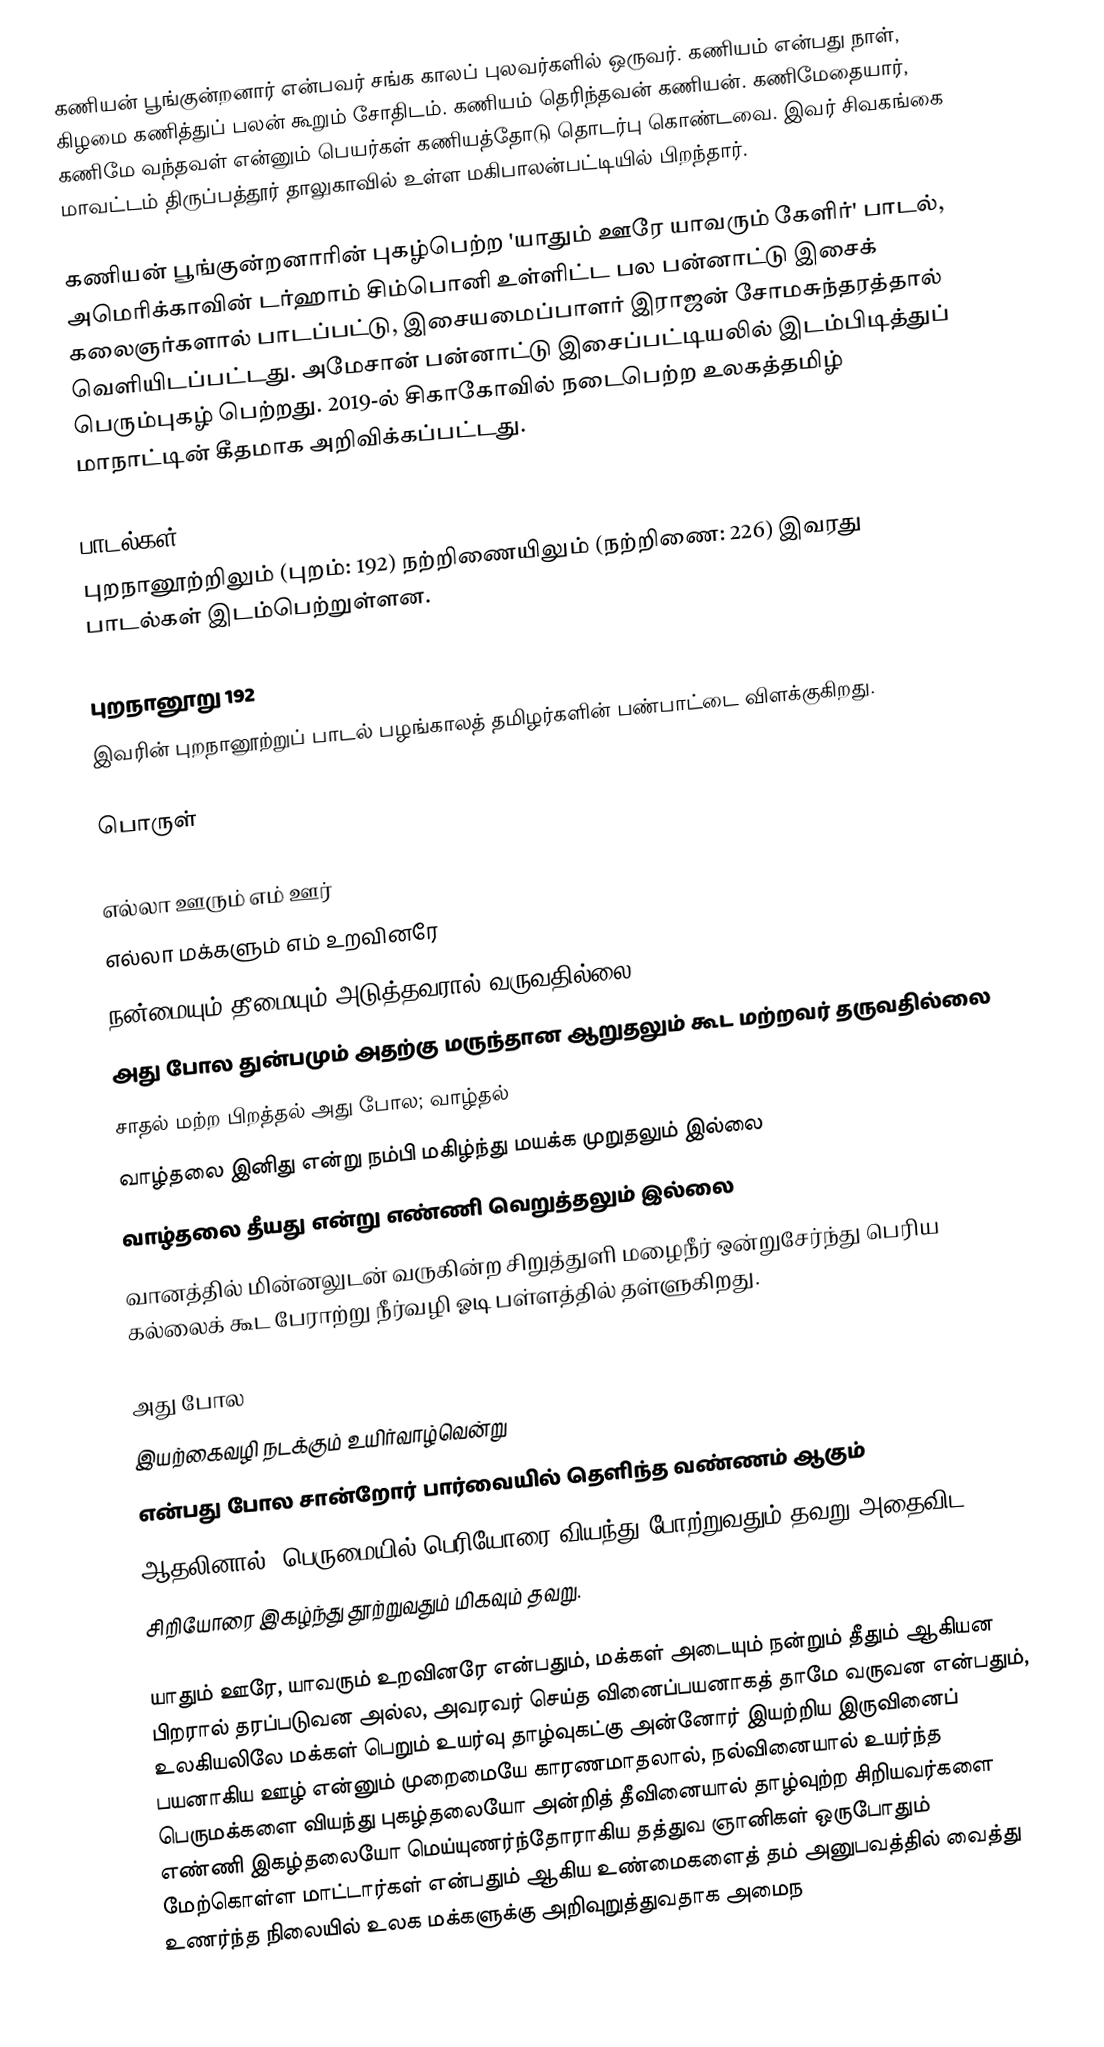
கணியன் பூங்குன்றனார் என்பவர் சங்க காலப் புலவர்களில் ஒருவர். கணியம் என்பது நாள், கிழமை கணித்துப் பலன் கூறும் சோதிடம். கணியம் தெரிந்தவன் கணியன். கணிமேதையார், கணிமே வந்தவள் என்னும் பெயர்கள் கணியத்தோடு தொடர்பு கொண்டவை. இவர் சிவகங்கை மாவட்டம் திருப்பத்தூர் தாலுகாவில் உள்ள மகிபாலன்பட்டியில் பிறந்தார்.

கணியன் பூங்குன்றனாரின்  புகழ்பெற்ற 'யாதும் ஊரே யாவரும் கேளிர்' பாடல், அமெரிக்காவின் டர்ஹாம் சிம்பொனி உள்ளிட்ட பல பன்னாட்டு இசைக் கலைஞர்களால் பாடப்பட்டு, இசையமைப்பாளர் இராஜன் சோமசுந்தரத்தால் வெளியிடப்பட்டது. அமேசான் பன்னாட்டு இசைப்பட்டியலில் இடம்பிடித்துப் பெரும்புகழ் பெற்றது. 2019-ல் சிகாகோவில் நடைபெற்ற உலகத்தமிழ் மாநாட்டின் கீதமாக அறிவிக்கப்பட்டது.

பாடல்கள்
புறநானூற்றிலும் (புறம்: 192) நற்றிணையிலும் (நற்றிணை: 226) இவரது பாடல்கள் இடம்பெற்றுள்ளன.

புறநானூறு 192
இவரின் புறநானூற்றுப் பாடல் பழங்காலத் தமிழர்களின் பண்பாட்டை விளக்குகிறது.

பொருள்

எல்லா ஊரும் எம் ஊர்
எல்லா மக்களும் எம் உறவினரே
நன்மையும் தீமையும் அடுத்தவரால் வருவதில்லை
அது போல துன்பமும் அதற்கு மருந்தான ஆறுதலும் கூட மற்றவர் தருவதில்லை
சாதல் மற்ற பிறத்தல் அது போல; வாழ்தல்
வாழ்தலை இனிது என்று நம்பி மகிழ்ந்து மயக்க முறுதலும் இல்லை
வாழ்தலை தீயது என்று எண்ணி வெறுத்தலும் இல்லை
வானத்தில் மின்னலுடன் வருகின்ற சிறுத்துளி மழைநீர் ஒன்றுசேர்ந்து பெரிய கல்லைக் கூட பேராற்று நீர்வழி ஓடி பள்ளத்தில் தள்ளுகிறது.

அது போல
இயற்கைவழி நடக்கும் உயிர்வாழ்வென்று
என்பது போல சான்றோர் பார்வையில் தெளிந்த வண்ணம் ஆகும்
ஆதலினால், பெருமையில் பெரியோரை வியந்து போற்றுவதும் தவறு அதைவிட
சிறியோரை இகழ்ந்து தூற்றுவதும் மிகவும் தவறு.

யாதும் ஊரே, யாவரும் உறவினரே என்பதும், மக்கள் அடையும் நன்றும் தீதும் ஆகியன பிறரால் தரப்படுவன அல்ல, அவரவர் செய்த வினைப்பயனாகத் தாமே வருவன என்பதும், உலகியலிலே மக்கள் பெறும் உயர்வு தாழ்வுகட்கு அன்னோர் இயற்றிய இருவினைப் பயனாகிய ஊழ் என்னும் முறைமையே காரணமாதலால், நல்வினையால் உயர்ந்த பெருமக்களை வியந்து புகழ்தலையோ அன்றித் தீவினையால் தாழ்வுற்ற சிறியவர்களை எண்ணி இகழ்தலையோ மெய்யுணர்ந்தோராகிய தத்துவ ஞானிகள் ஒருபோதும் மேற்கொள்ள மாட்டார்கள் என்பதும் ஆகிய உண்மைகளைத் தம் அனுபவத்தில் வைத்து உணர்ந்த நிலையில் உலக மக்களுக்கு அறிவுறுத்துவதாக அமைந